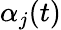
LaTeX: {\alpha_{j}(t)}